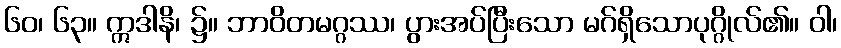
၆၀၊ ၆၃။ ဣဒါနိ၊ ၌။ ဘာဝိတမဂ္ဂဿ၊ ပွားအပ်ပြီးသော မဂ်ရှိသောပုဂ္ဂိုလ်၏။ ဝါ၊